Indian journal of veterinary science and animal husbandry - Volumes 24-25, 1954-1955
Year: 1954
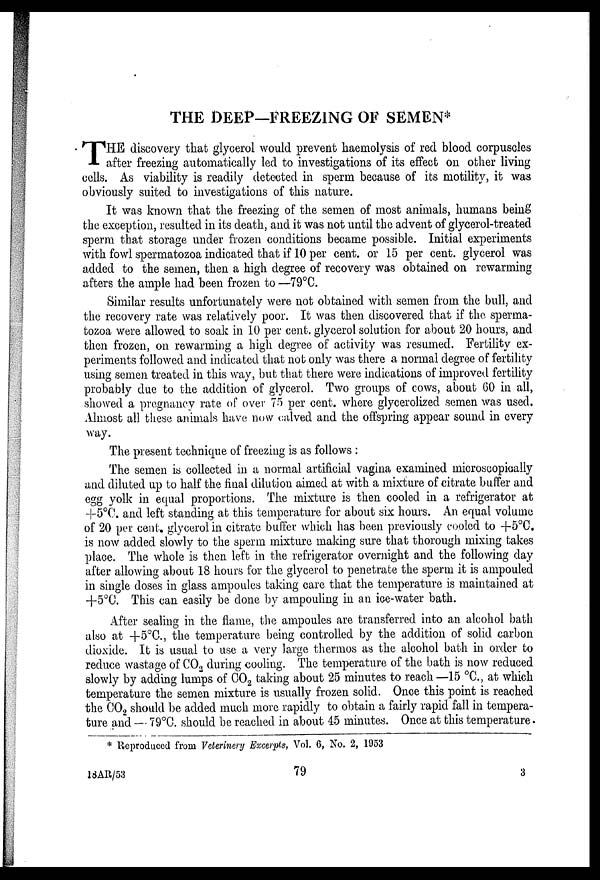
THE DEEP—FREEZING OF SEMEN*
T HE discovery that glycerol would prevent haemolysis of red blood corpuscles
after freezing automatically led to investigations of its effect on other living
cells. As viability is readily detected in sperm because of its motility, it was
obviously suited to investigations of this nature.
It was known that the freezing of the semen of most animals, humans being
the exception, resulted in its death, and it was not until the advent of glycerol-treated
sperm that storage under frozen conditions became possible. Initial experiments
with fowl spermatozoa indicated that if 10 per cent. or 15 per cent. glycerol was
added to the semen, then a high degree of recovery was obtained on rewarming
afters the ample had been frozen to —79°C.
Similar results unfortunately were not obtained with semen from the bull, and
the recovery rate was relatively poor. It was then discovered that if the sperma-
tozoa were allowed to soak in 10 per cent. glycerol solution for about 20 hours, and
then frozen, on rewarming a high degree of activity was resumed. Fertility ex-
periments followed and indicated that not only was there a normal degree of fertility
using semen treated in this way, but that there were indications of improved fertility
probably due to the addition of glycerol. Two groups of cows, about 60 in all,
showed a pregnancy rate of over 75 per cent. where glycerolized semen was used.
Almost all these animals have now calved and the offspring appear sound in every
way.
The present technique of freezing is as follows :
The semen is collected in a normal artificial vagina examined microscopically
and diluted up to half the final dilution aimed at with a mixture of citrate buffer and
egg yolk in equal proportions. The mixture is then cooled in a refrigerator at
+5°C. and left standing at this temperature for about six hours. An equal volume
of 20 per cent glycerol in citrate buffer which has been previously cooled to +5°C.
is now added slowly to the sperm mixture making sure that thorough mixing takes
place. The whole is then left in the refrigerator overnight and the following day
after allowing about 18 hours for the glycerol to penetrate the sperm it is ampouled
in single doses in glass ampoules taking care that the temperature is maintained at
+5°C. This can easily be done by ampouling in an ice-water bath.
After sealing in the flame, the ampoules are transferred into an alcohol bath
also at +5°C., the temperature being controlled by the addition of solid carbon
dioxide. It is usual to use a very large thermos as the alcohol bath in order to
reduce wastage of CO 2 during cooling. The temperature of the bath is now reduced
slowly by adding lumps of CO 2 taking about 25 minutes to reach —15 °C., at which
temperature the semen mixture is usually frozen solid. Once this point is reached
the CO 2 should be added much more rapidly to obtain a fairly rapid fall in tempera-
ture and — 79°C. should be reached in about 45 minutes. Once at this temperature.
* Reproduced from Veterinery Excerpts, Vol. 6, No. 2, 1953
18AR/53
79
3